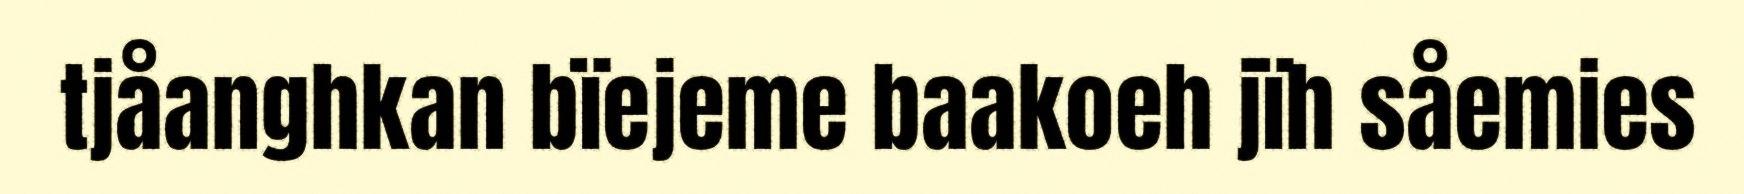
tjåanghkan bïejeme baakoeh jïh såemies